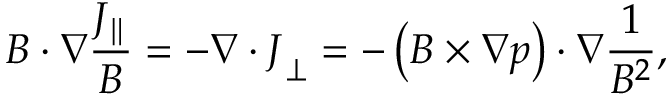
\boldsymbol { B } \cdot \nabla \frac { J _ { \parallel } } { B } = - \nabla \cdot \boldsymbol { J } _ { \perp } = - \left( \boldsymbol { B } \times \nabla p \right) \cdot \nabla \frac { 1 } { B ^ { 2 } } ,